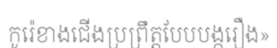
កូរ៉េខាងជើងប្រព្រឹត្តបែបបង្ករឿង»